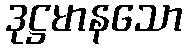
ဒုဋ္ဌမာနသော